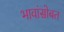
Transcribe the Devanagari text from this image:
भावांसोबत